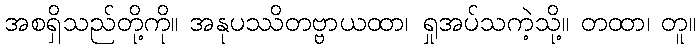
အစရှိသည်တို့ကို။ အနုပဿိတဗ္ဗာယထာ၊ ရှုအပ်သကဲ့သို့။ တထာ၊ တူ။